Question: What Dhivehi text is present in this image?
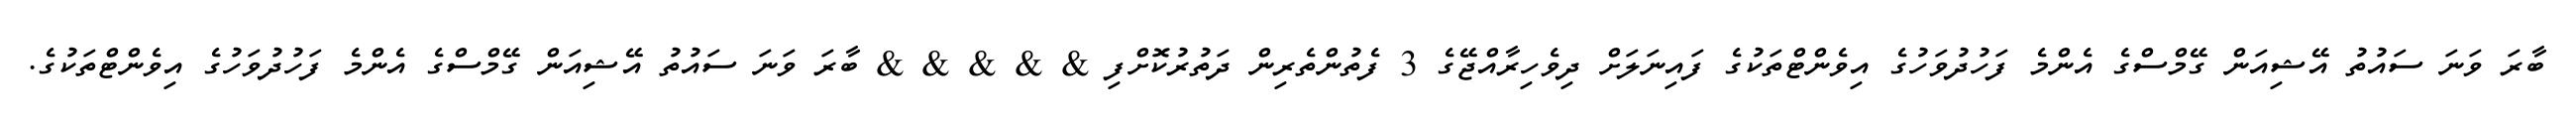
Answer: ބާރަ ވަނަ ސައުތު އޭޝިއަން ގޭމްސްގެ އެންމެ ފަހުދުވަހުގެ އިވެންޓްތަކުގެ ފައިނަލަށް ދިވެހިރާއްޖޭގެ 3 ފެތުންތެރިން ދަތުރުކޮށްފި & & & & & ބާރަ ވަނަ ސައުތު އޭޝިއަން ގޭމްސްގެ އެންމެ ފަހުދުވަހުގެ އިވެންޓްތަކުގެ.